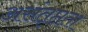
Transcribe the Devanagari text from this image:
असंतृप्तता